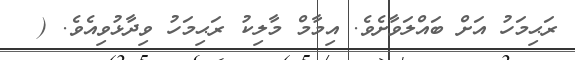
ރަޙިމަހު އަށް ބައްލަވާށެވެ. އިމާމް މާލިކު ރަޙިމަހު ވިދާޅުވިއެވެ. (